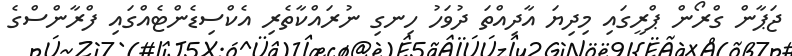
ޖަޕާން ގްރޯން ޕްރީގައި މިދިޔަ އާދިއްތަ ދުވަހު ހިނގި ނުރައްކާތެރި އެކްސިޑެންޓެއްގައި ފްރާންސްގެ